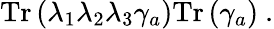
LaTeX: \mathrm{Tr}\left(\lambda_{1}\lambda_{2}\lambda_{3}\gamma_{a}\right)\mathrm{Tr}\left(\gamma_{a}\right)~.